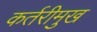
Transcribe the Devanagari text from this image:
कर्तरीमुख